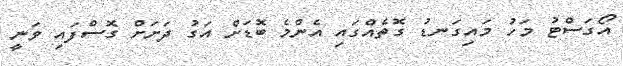
އޯގަސްޓު މަހު މައިގަނޑު ގޮތެއްގައި އެންމެ ބޮޑަށް އަގު ދަށަށް ގޮސްފައި ވަނީ